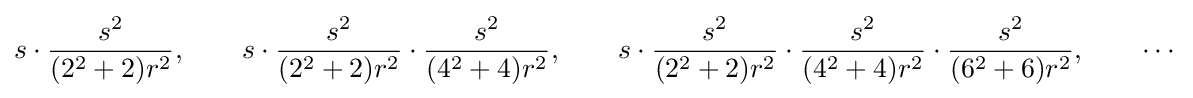
s\cdot {\frac {s^{2}}{(2^{2}+2)r^{2}}},\qquad s\cdot {\frac {s^{2}}{(2^{2}+2)r^{2}}}\cdot {\frac {s^{2}}{(4^{2}+4)r^{2}}},\qquad s\cdot {\frac {s^{2}}{(2^{2}+2)r^{2}}}\cdot {\frac {s^{2}}{(4^{2}+4)r^{2}}}\cdot {\frac {s^{2}}{(6^{2}+6)r^{2}}},\qquad \cdots